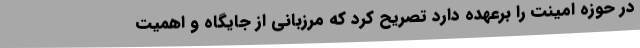
در حوزه امینت را برعهده دارد تصریح کرد که مرزبانی از جایگاه و اهمیت